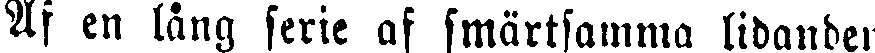
Af en lång serie af smärtsamma lidanden